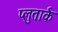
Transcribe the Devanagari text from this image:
प्लुतार्क